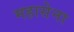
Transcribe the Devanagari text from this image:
महासेना